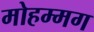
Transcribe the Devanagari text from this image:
मोहम्मग